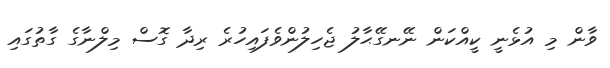
ވާން މި އުޅެނީ ކީއްކަން ނޭނގޭޙާލު ޖެހިލުންވެފައިހުރެ ރިދާ ގޮސް މިލްނާގެ ގާތުގައި